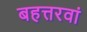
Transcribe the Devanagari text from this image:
बहत्तरवां